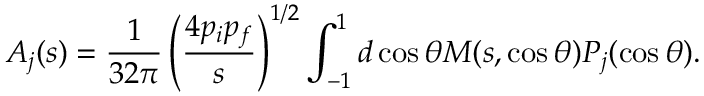
{ \cal A } _ { j } ( s ) = \frac { 1 } { 3 2 \pi } \left( \frac { 4 p _ { i } p _ { f } } { s } \right) ^ { 1 / 2 } \int _ { - 1 } ^ { 1 } d \cos \theta { \cal M } ( s , \cos \theta ) P _ { j } ( \cos \theta ) .